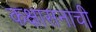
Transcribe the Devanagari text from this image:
कक्षासनाची